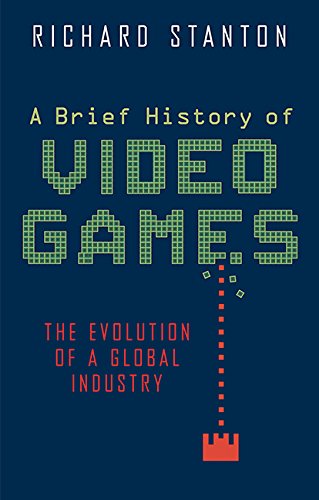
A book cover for A Brief History of Video Games; Richard Stanton; Humor & Entertainment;